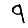
Digit: 9